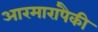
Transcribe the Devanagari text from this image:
आरमारांपैकी